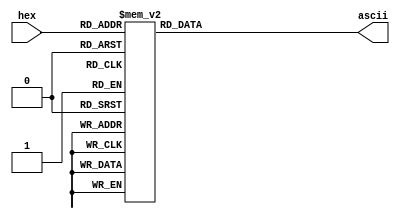
`timescale 1ns / 1ps
//////////////////////////////////////////////////////////////////////////////////
// Company: 
// Engineer: 
// 
// Design Name: 
// Module Name: Hex2Ascii
// Project Name: 
// Target Devices: 
// Tool Versions: 
// Description: 
// 
// Dependencies: 
// 
// Revision:
// Revision 0.01 - File Created
// Additional Comments:
// 
//////////////////////////////////////////////////////////////////////////////////


module Hex2Ascii(
    input wire [3:0] hex,
    output reg [7:0] ascii
);

    always @* begin
        case (hex)
            4'h0: ascii = 48;
            4'h1: ascii = 49;
            4'h2: ascii = 50;
            4'h3: ascii = 51;
            4'h4: ascii = 52;
            4'h5: ascii = 53;
            4'h6: ascii = 54;
            4'h7: ascii = 55;
            4'h8: ascii = 56;
            4'h9: ascii = 57;
            4'ha: ascii = 97;
            4'hb: ascii = 98;
            4'hc: ascii = 99;
            4'hd: ascii = 100;
            4'he: ascii = 101;
            4'hf: ascii = 102;
        endcase
    end

endmodule